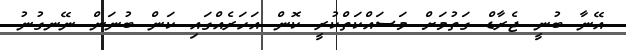
އޭނާ ބުނީ ޖެރާޑް ގަތުމަށް މަސައްކަތްކުރީ ކޮން އަހަރެއްގައި ކަން ބުނަން ނޭނގުނު